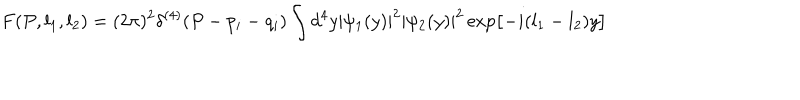
F ( P , l _ { 1 } , l _ { 2 } ) = ( 2 \pi ) ^ { 2 } \delta ^ { ( 4 ) } ( P - p _ { i } - q _ { i } ) \int d ^ { 4 } y | \psi _ { 1 } ( y ) | ^ { 2 } | \psi _ { 2 } ( y ) | ^ { 2 } \exp \bigl [ - i ( l _ { 1 } - l _ { 2 } ) y \bigr ]